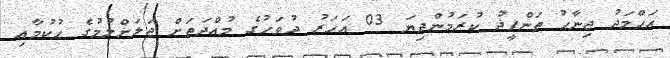
އަޙްމަދު ޖިނާޙު ތަންފީޛު ކުރަމުންދިޔަ 03 އަހަރު ދުވަހުގެ މުއްދަތަށް ޖަލަށްލުމުގެ ޙުކުމާއި